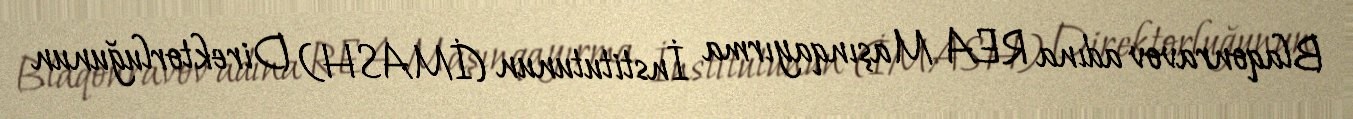
Blaqonravov adına REA Maşınqayırma İnstitutunun (İMASH) Direktorluğunun